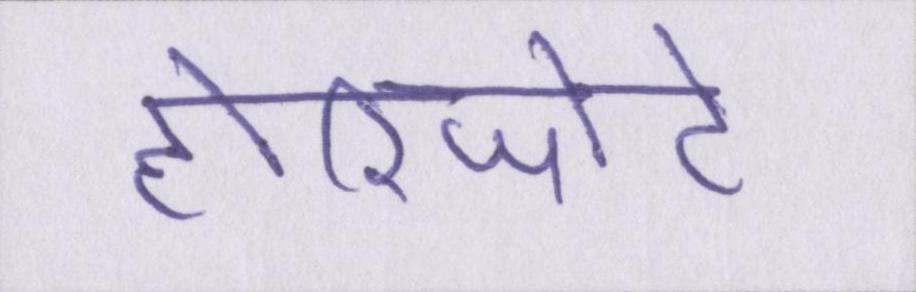
होरिजोंटे